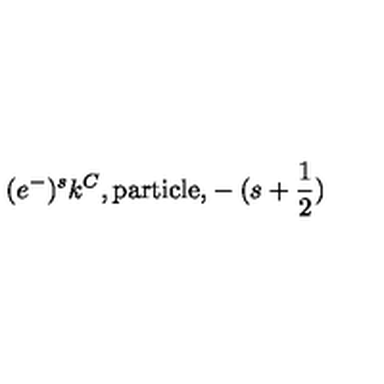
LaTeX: ( e ^ { - } ) ^ { s } k ^ { C } \mathrm { , p a r t i c l e , } - ( s + \frac { 1 } { 2 } )